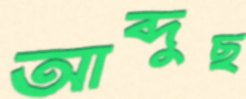
আব্দুছ